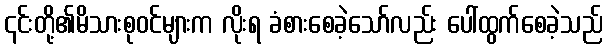
၎င်းတို့၏မိသားစုဝင်များက လိုးရ ခံစားစေခဲ့သော်လည်း ပေါ်ထွက်စေခဲ့သည်